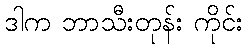
ဒါက ဘာသီးတုန်း ကိုင်း